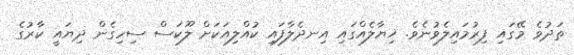
ތަދުވެ މޭގައި ފިރުމައިލެވުނެވެ. ޚިޔާލެއްގައި އިނދެލާފައި ކުއްލިއަކަށް ލޫކަސް ސިހިގެން ދިޔައީ ކާރުގެ